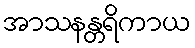
အာသနန္တရိကာယ